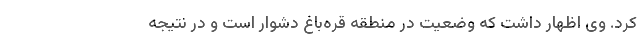
کرد. وی اظهار داشت که وضعیت در منطقه قره‌باغ دشوار است و در نتیجه